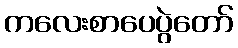
ကလေးစာပေပွဲတော်